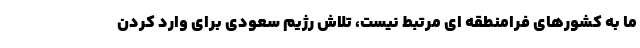
ما به کشورهای فرامنطقه ای مرتبط نیست، تلاش رژیم سعودی برای وارد کردن